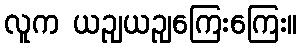
လူက ယဉျယဉျကြေးကြေး။